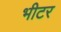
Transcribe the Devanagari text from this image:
भीटर